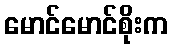
မောင်မောင်စိုးက